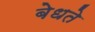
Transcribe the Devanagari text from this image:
बेधते